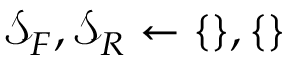
\mathcal { S } _ { F } , \mathcal { S } _ { R } \gets \{ \} , \{ \}